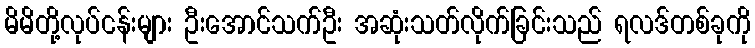
မိမိတို့လုပ်ငန်းများ ဦးအောင်သက်ဦး အဆုံးသတ်လိုက်ခြင်းသည် ရလဒ်တစ်ခုကို